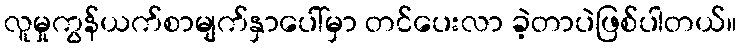
လူမှုကွန်ယက်စာမျက်နှာပေါ်မှာ တင်ပေးလာ ခဲ့တာပဲဖြစ်ပါတယ်။